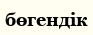
бөгендік